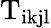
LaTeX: \mathrm{T_{ikjl}}